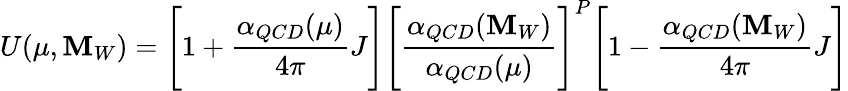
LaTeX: U(\mu,\mathbf{M}_{W})=\Biggl\lbrack1+{\frac{{\alpha_{QCD}(\mu)}}{{4\pi}}}J\Biggl\rbrack\Biggl\lbrack{\frac{{\alpha_{QCD}(\mathbf{M}_{W})}}{{\alpha_{QCD}(\mu)}}}\Biggl\rbrack^{P}\Biggl\lbrack1-{\frac{{\alpha_{QCD}(\mathbf{M}_{W})}}{{4\pi}}}J\Biggl\rbrack